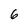
Character: 6